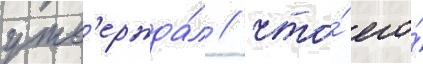
утв'ержда́л / что́ его́